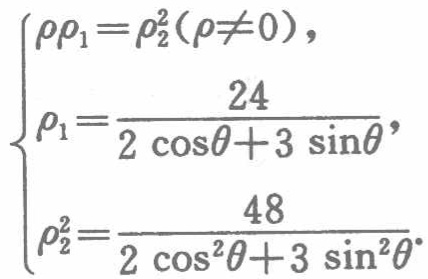
\[

\begin{cases}

\rho\rho_{1}=\rho_{2}^{2}(\rho\neq0), \\

\rho_{1}=\frac{24}{2\cos\theta + 3\sin\theta}, \\

\rho_{2}=\frac{48}{2\cos^{2}\theta + 3\sin^{2}\theta}.

\end{cases}

\]